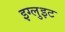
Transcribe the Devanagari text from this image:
इग्लुइट